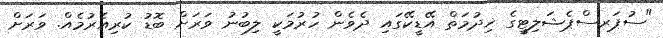
"ސުޕަރސްޕެޝަލިޓީގެ ޚިދުމަތް އޭޑީކޭގައި ދެވެން ހުރުމަކީ ލިބުނު ވަރަށް ބޮޑު ކުރިއެރުމެއް. ވަރަށް